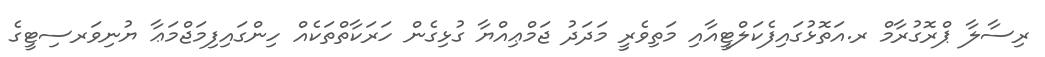
ރިސާލާ ޕްރޮގުރާމް ރ.އަތޮޅުގައިފެކަލްޓީއާއި މަތިވެރީ މަދަދު ޖަމްޢިއްޔާ ގުޅިގެން ހަރަކާތްތަކެއް ހިންގައިފިމަޖްމަޢާ ޔުނިވަރސިޓީގެ